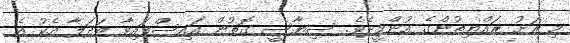
މި ރަށު ރައްޔިތުންގެ އުންމީދެވެ. ސިޔާސީ ގޮތުން އައިސްފައިވާ ބަދަލާ އެކު އެ